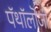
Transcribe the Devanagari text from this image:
पॅथॉलॊजी